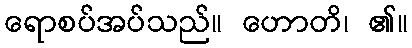
ရောစပ်အပ်သည်။ ဟောတိ၊ ၏။